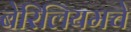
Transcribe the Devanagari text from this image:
बेरिलियमचे